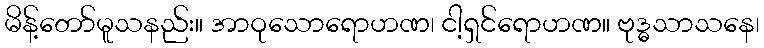
မိန့်တော်မူသနည်း။ အာဝုသောရောဟဏ၊ ငါ့ရှင်ရောဟဏ။ ဗုဒ္ဓသာသနေ၊